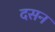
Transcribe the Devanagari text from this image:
दसन